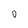
Character: 0